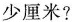
少厘米?